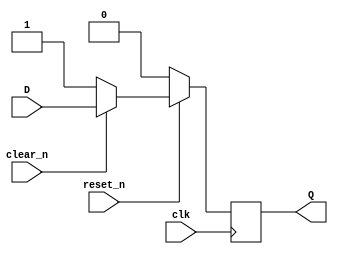
`timescale 1ns / 1ps
//////////////////////////////////////////////////////////////////////////////////

// ID          : N180116
//Branch       : ECE
//Project Name : RTL design using Verilog
//Design  Name : Synchronous D FLIP FLOP
//Module  Name : Sync_DFF
//RGUKT NUZVID 
//////////////////////////////////////////////////////////////////////////////////


module Sync_DFF(clk,D,reset_n,clear_n,Q);
input clk,D;
input reset_n; //Synchronous reset
input clear_n; //Synchrnous clear
output Q;

reg q_reg,q_next;

always@(posedge clk)
begin
	if(!reset_n)
		q_reg <=1'b0;
	else
		q_reg <= q_next;
end

always@(D,clear_n)
begin
	q_next = q_reg;
	if(!clear_n)
		q_next = 1'b1;
	else
		q_next = D;
end
assign Q = q_reg;
endmodule